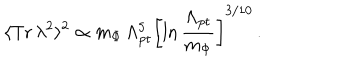
LaTeX: \langle \mathrm { T r } \, \lambda ^ { 2 } \rangle ^ { 2 } \propto m _ { \Phi } \, \Lambda _ { \mathrm { p t } } ^ { 5 } \left[ \ln \frac { \Lambda _ { \mathrm { p t } } } { m _ { \Phi } } \right] ^ { 3 / 1 0 } \, .